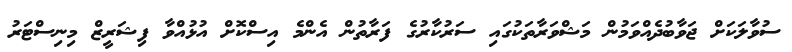
ސުވާލަކަށް ޖަވާބުދެއްވަމުން މަޝްވަރާތަކުގައި ސަރުކާރުގެ ފަރާތުން އެންމެ އިސްކޮށް އުޅުއްވާ ފިޝަރީޒް މިނިސްޓަރު